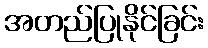
အတည်ပြုနိုင်ခြင်း